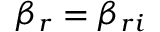
\beta _ { r } = \beta _ { r i }